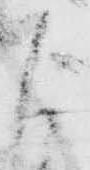
よ